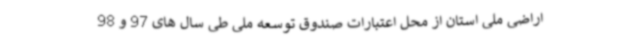
اراضی ملی استان از محل اعتبارات صندوق توسعه ملی طی سال های 97 و 98